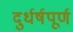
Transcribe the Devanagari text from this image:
दुर्धर्षपूर्ण